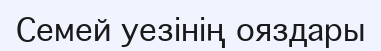
Семей уезінің ояздары